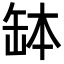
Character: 缽